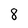
Character: 8